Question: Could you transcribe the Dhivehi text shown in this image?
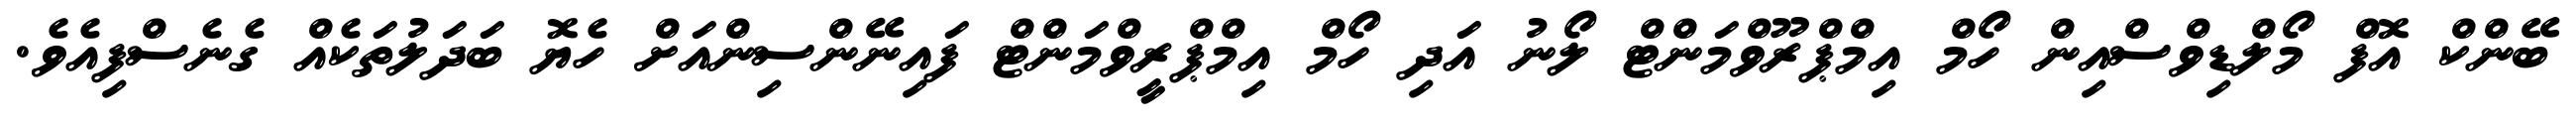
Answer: ބޭންކް އޮފް މޯލްޑިވްސްއިން ހޯމް އިމްޕްރޫވްމަންޓް ލޯނު އަދި ހޯމް އިމްޕްރީވްމަންޓް ފައިނޭންސިންއަށް ހެޔޮ ބަދަލުތަކެއް ގެނެސްފިއެވެ.